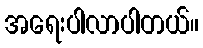
အရေးပါလာပါတယ်။